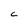
Character: C